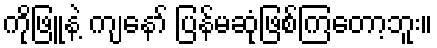
ကိုဖြူနဲ့ ကျနော် ပြန်မဆုံဖြစ်ကြတော့ဘူး။